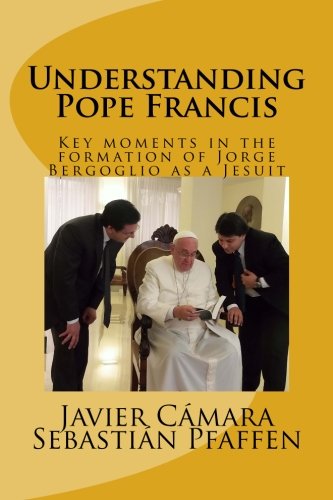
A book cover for Understanding Pope Francis: Key moments in the formation of Jorge Bergoglio as a Jesuit; Javier CÃ¡mara; Christian Books & Bibles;